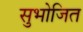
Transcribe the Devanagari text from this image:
सुभोजित